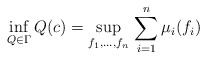
\begin{gather*}\inf_{Q\in\Gamma}Q(c)=\sup_{f_1,\ldots,f_n}\,\sum_{i=1}^n\mu_i(f_i)\end{gather*}